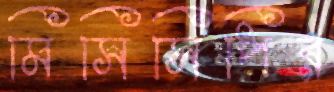
মিসিসিপির